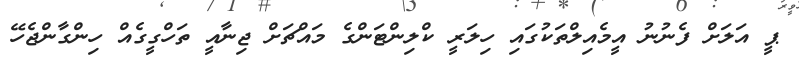
ޕީ އަލަށް ފެނުނު އީމެއިލްތަކުގައި ހިލަރީ ކްލިންޓަންގެ މައްޗަށް ޖިނާއީ ތަހްގީގެއް ހިންގާންޖެހޭ